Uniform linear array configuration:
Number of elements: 48
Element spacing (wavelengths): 0.5
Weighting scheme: exponential
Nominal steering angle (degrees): -45
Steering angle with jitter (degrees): -44.628
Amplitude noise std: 0.05
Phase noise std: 0.05

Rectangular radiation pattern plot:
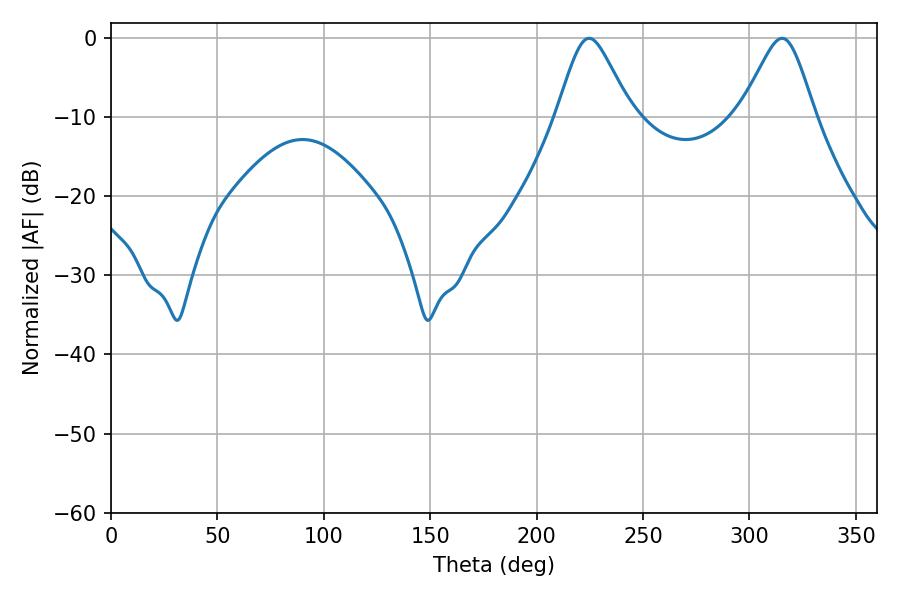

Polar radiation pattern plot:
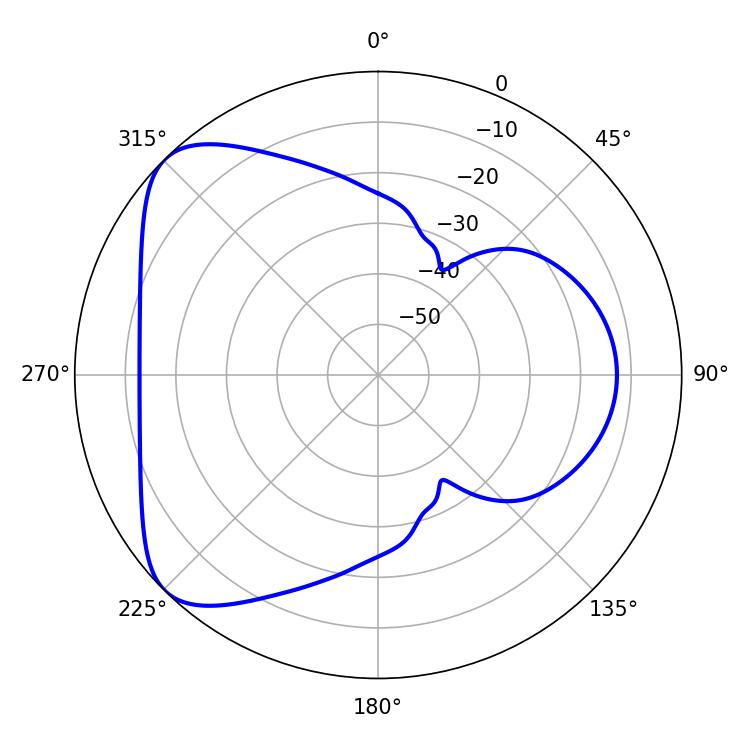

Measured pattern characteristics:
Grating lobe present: FALSE
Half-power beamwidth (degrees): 16.74
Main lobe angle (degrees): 224.64